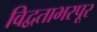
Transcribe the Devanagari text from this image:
विद्वताभरपूर